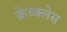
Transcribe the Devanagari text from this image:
क्रेच्क्लेस